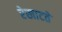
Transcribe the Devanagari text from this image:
रेखाटते